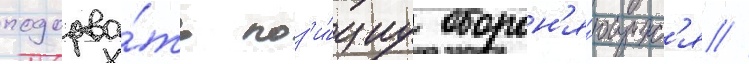
подорва́ть поз'и́циу оборон'я́ющихс'я //